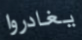
يغادروا